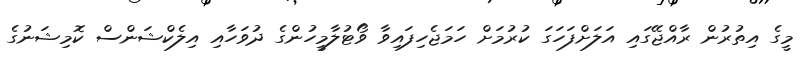
މީގެ އިތުރުން ރާއްޖޭގައި އަލަށްފަހަގަ ކުރުމަށް ހަމަޖެހިފައިވާ ވޯޓުލާމީހުންގެ ދުވަހާއި އިލެކްޝަންސް ކޮމިޝަނުގެ